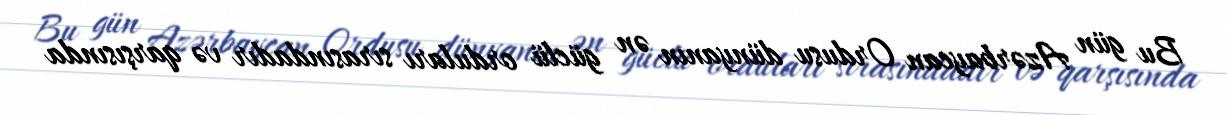
Bu gün Azərbaycan Ordusu dünyanın ən güclü orduları sırasındadır və qarşısında